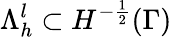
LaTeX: \Lambda_{h}^{l}\subset H^{-\frac{1}{2}}(\Gamma)